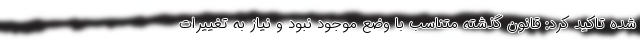
شده تاکید کرد: قانون گذشته متناسب با وضع موجود نبود و نیاز به تغییرات